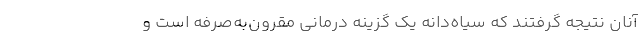
آنان نتیجه گرفتند که سیاه‌دانه یک گزینه درمانی مقرون‌به‌صرفه است و